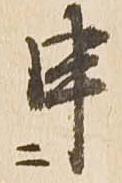
申